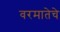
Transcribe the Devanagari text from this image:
वरमातेचे